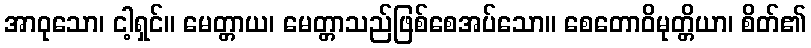
အာဝုသော၊ ငါ့ရှင်။ မေတ္တာယ၊ မေတ္တာသည်ဖြစ်စေအပ်သော။ စေတောဝိမုတ္တိယာ၊ စိတ်၏